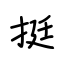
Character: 挺